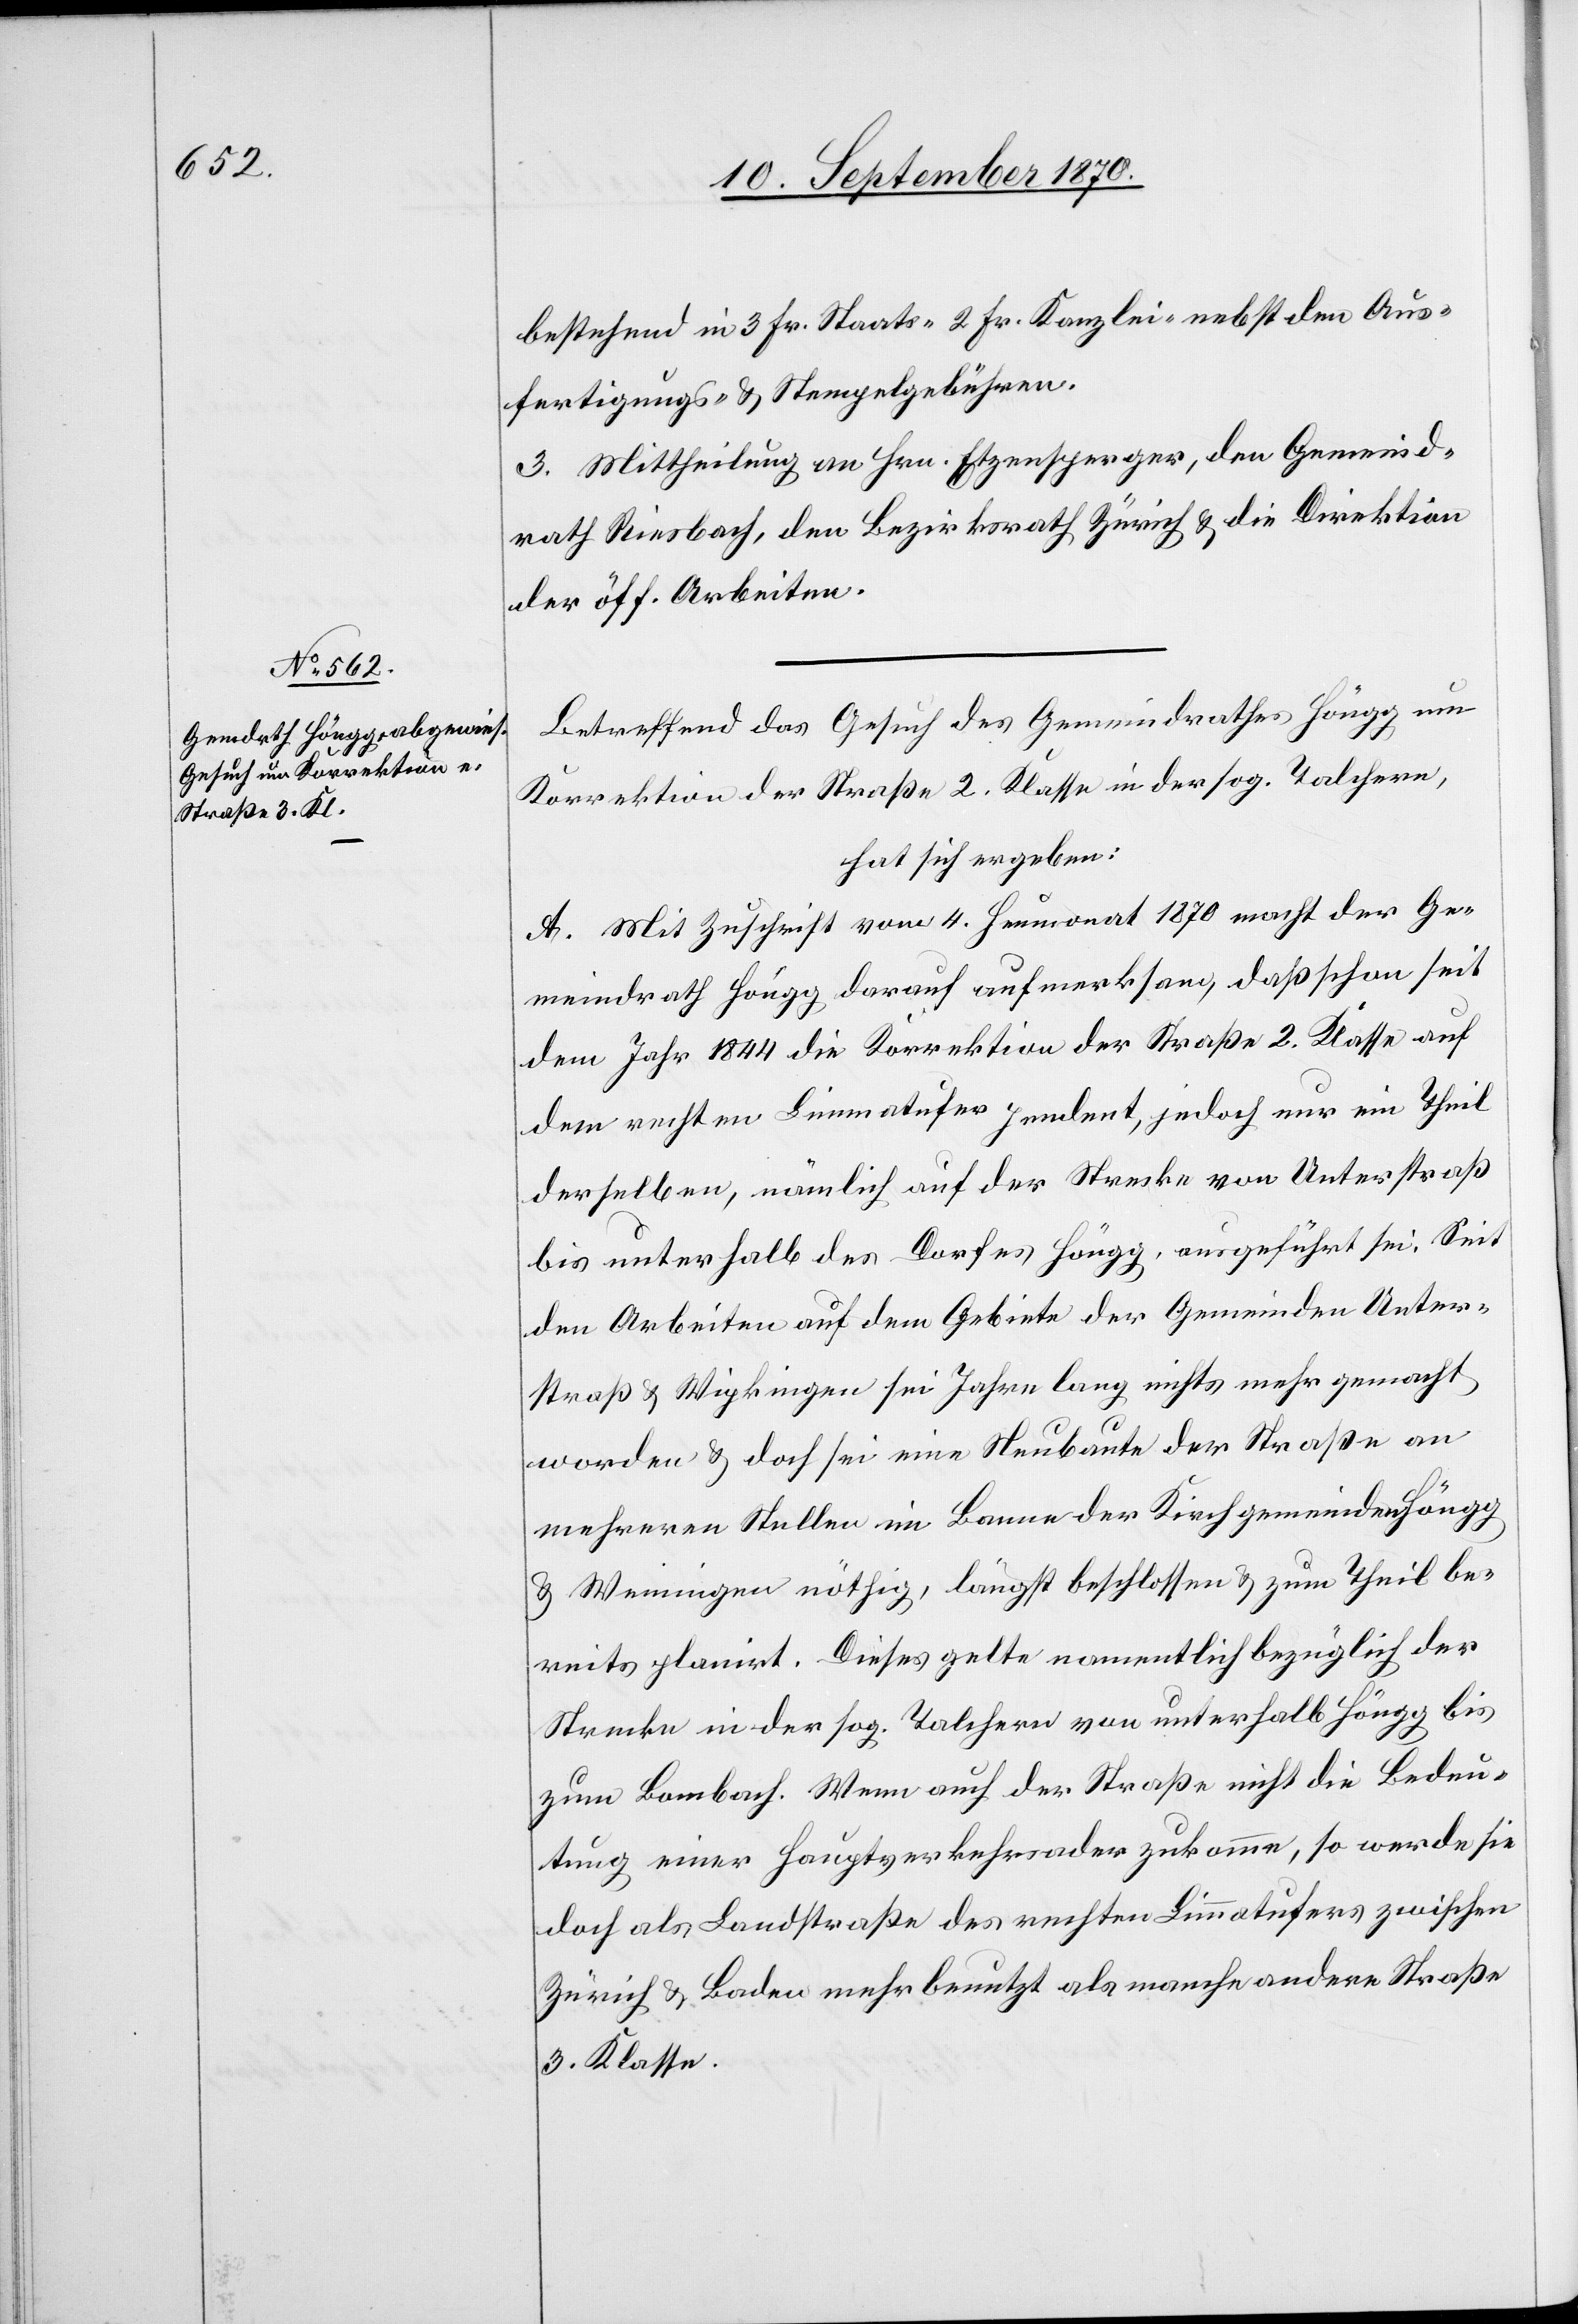
bestehend in 3 Fr. Staats- 2 Fr. Kanzlei- nebst den Aus¬
fertigungs- & Stempelgebühren.¨
3. Mittheilung an Hrn. Etzensperger, den Gemeind¬
rath Riesbach, den Bezirksrath Zürich & die Direktion
der öff. Arbeiten.
Betreffend das Gesuch des Gemeindrathes Höngg um
Korrektion der Straße 2. Klasse in der sog. Talchern,
hat sich ergeben:
A. Mit Zuschrift vom 4. Heumonat 1870 macht der Ge¬
meindrath Höngg darauf aufmerksam, daß schon seit
dem Jahr 1844 die Korrektion der Straße 2. Klasse auf
dem rechten Limmatufer pendent, jedoch nur ein Theil
derselben, nämlich auf der Strecke von Unterstraß
bis unterhalb des Dorfes Höngg, ausgeführt sei. Seit
den Arbeiten auf dem Gebiete der Gemeinden Unter¬
straß & Wipkingen sei Jahre lang nichts mehr gemacht
worden & doch sei eine Neubaute der Straße an
mehreren Stellen im Banne der Kirchgemeinden Höngg
& Weiningen nöthig, längst beschlossen & zum Theil be¬
reits planirt. Dieses gelte namentlich bezüglich der
Strecke in der sog. Talchern von unterhalb Höngg bis
zum Bombach. Wenn auch der Straße nicht die Bedeu¬
tung einer Hauptverkehrsader zukomme, so werde sie
doch als Landstraße des rechten Limmatufers zwischen
Zürich & Baden mehr benutzt als manche andere Straße
3. Klasse.